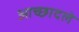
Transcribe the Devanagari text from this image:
आच्छादले